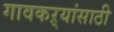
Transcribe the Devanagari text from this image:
गावकऱ्यांसाठी